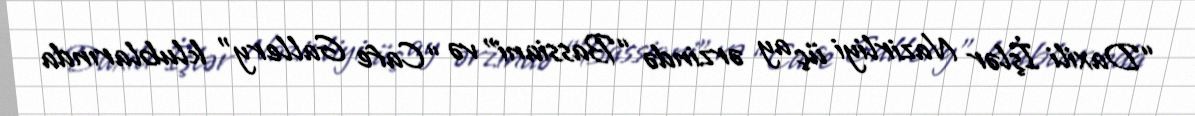
“Daxili İşlər Nazirliyi üç ay ərzində “Bassiani” və “Cafe Gallery” klublarında